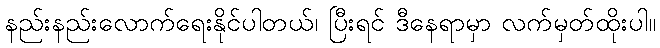
နည်းနည်းလောက်ရေးနိုင်ပါတယ်၊ ပြီးရင် ဒီနေရာမှာ လက်မှတ်ထိုးပါ။